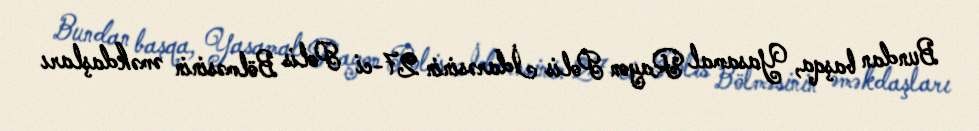
Bundan başqa, Yasamal Rayon Polis İdarəsinin 27-ci Polis Bölməsinin əməkdaşları